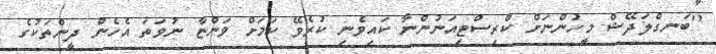
"ބަނގްލަދޭޝް މީހުންނަށް ކްރިސްޓިއަނުންނާ ކައިވެނި ކުރެވޭ ކަމަށް ވަންޏާ ނުވަތަ އެހެން ދީންތަކުގެ